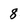
Character: 8